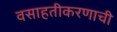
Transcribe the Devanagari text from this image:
वसाहतीकरणाची